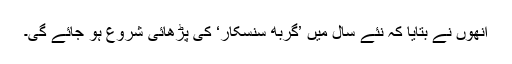
انھوں نے بتایا کہ نئے سال میں ’گربھ سنسکار‘ کی پڑھائی شروع ہو جائے گی۔